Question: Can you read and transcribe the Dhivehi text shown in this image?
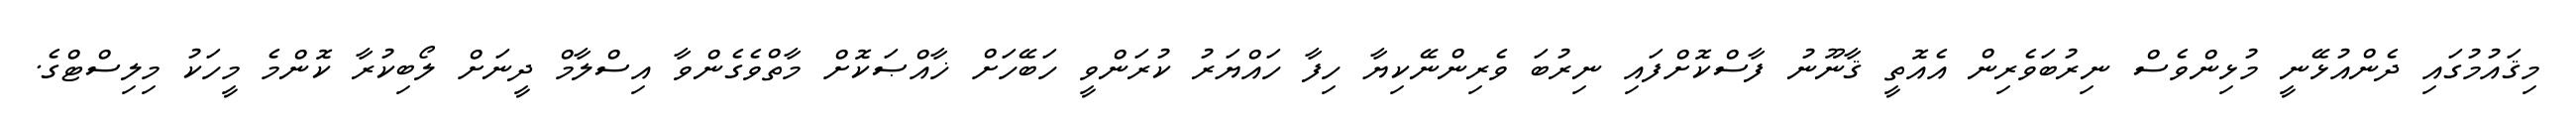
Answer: މިޤައުމުގައި ދެންއުޅޭނީ މުޅިންވެސް ނިރުބަވެރިން އެއޮތީ ޤާނޫނު ފާސްކޮށްފައި ނިރުބަ ވެރިންނޭކިޔާ ހިފާ ހައްޔަރު ކުރަންވީ ހަބޭހަށް ޚާއްޞަކޮށް މާތްވެގެންވާ އިސްލާމް ދީނަށް ލޯބިކުރާ ކޮންމެ މީހަކު މިލިސްޓްގެ.